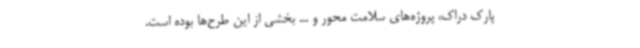
پارک دراک، پروژه‌های سلامت محور و ... بخشی از این طرح‌ها بوده است.